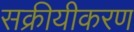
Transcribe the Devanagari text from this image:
सक्रीयीकरण